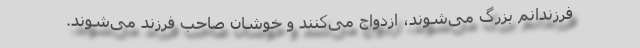
فرزندانم بزرگ می‌شوند، ازدواج می‌کنند و خوشان صاحب فرزند می‌شوند.